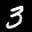
Label: 3